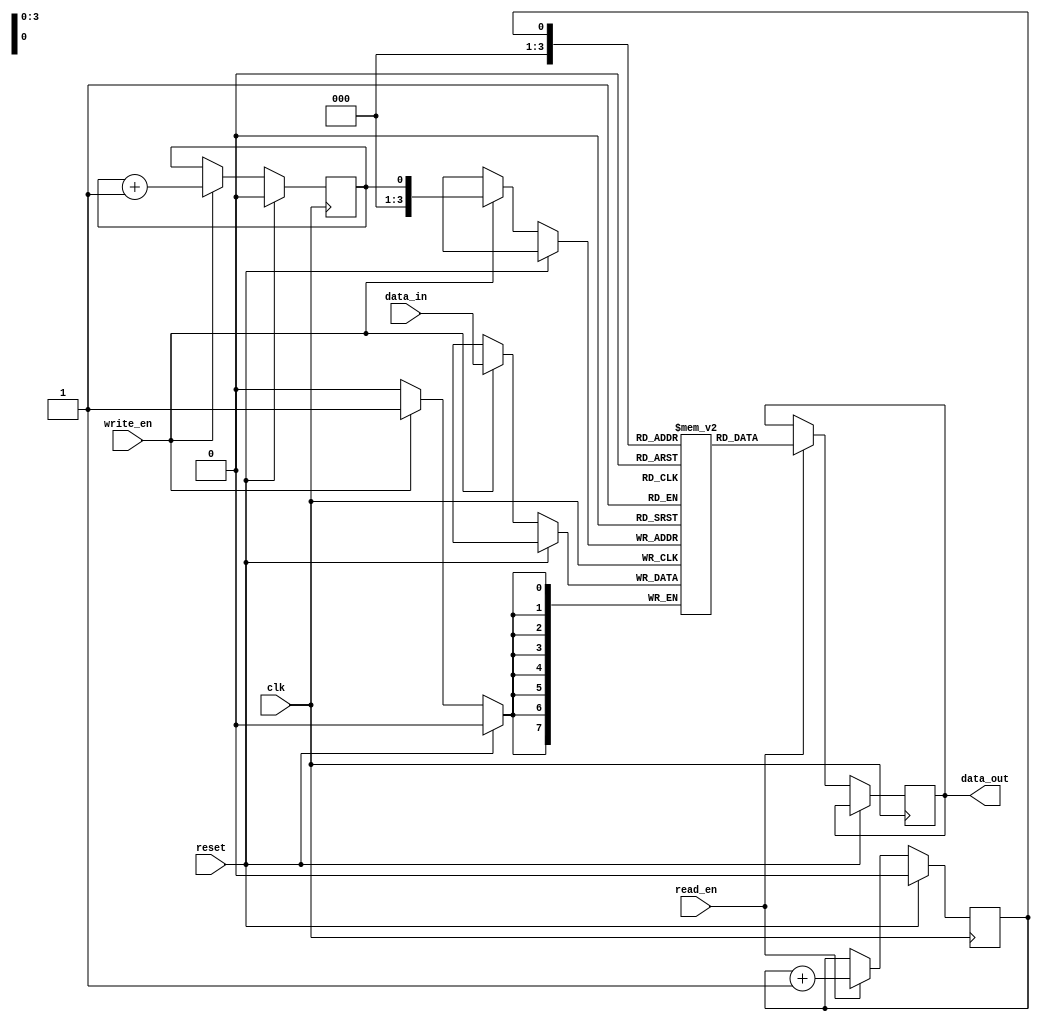
module synchronous_fifo (
    input wire clk,
    input wire reset,
    input wire write_en,
    input wire read_en,
    input wire [7:0] data_in,
    output reg [7:0] data_out
);

reg [7:0] fifo [0:15];
reg read_ptr = 4'b0000;
reg write_ptr = 4'b0000;

always @(posedge clk) begin
    if (reset) begin
        read_ptr <= 4'b0000;
        write_ptr <= 4'b0000;
    end else begin
        if (write_en) begin
            fifo[write_ptr] <= data_in;
            write_ptr <= write_ptr + 1;
        end
        if (read_en) begin
            data_out <= fifo[read_ptr];
            read_ptr <= read_ptr + 1;
        end
    end
end

endmodule